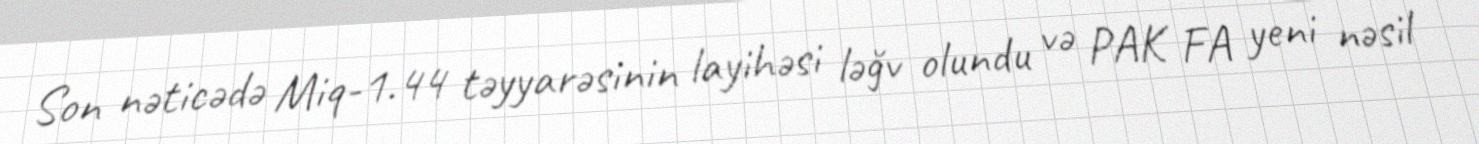
Son nəticədə Miq-1.44 təyyarəsinin layihəsi ləğv olundu və PAK FA yeni nəsil